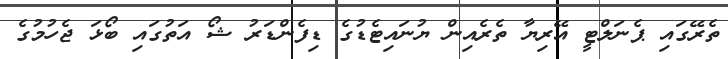
ތެރޭގައި ޕެނަލްޓީ އޭރިޔާ ތެރެއިން ޔުނައިޓެޑުގެ ޑިފެންޑަރު ޝޯ އަތުގައި ބޯޅަ ޖެހުމުގެ